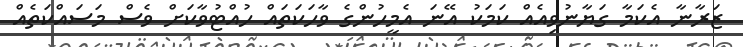
ޒަރާނާ އެކަމާ ގަޔާނުވިއެއް ކަމަކު އޭނަ އެމީހުންގެ ވާހަކަތައް ހުއްޓުވާކަށް ވެސް މަސައްކަތެއް